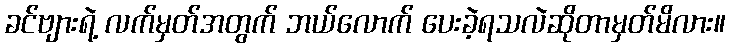
ခင်ဗျားရဲ့ လက်မှတ်အတွက် ဘယ်လောက် ပေးခဲ့ရသလဲဆိုတာမှတ်မိလား။